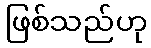
ဖြစ်သည်ဟု